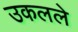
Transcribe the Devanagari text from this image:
उकलले